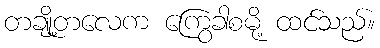
တချို့တလေက ကြွေခါစမို့ ထင်သည်။